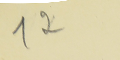
12